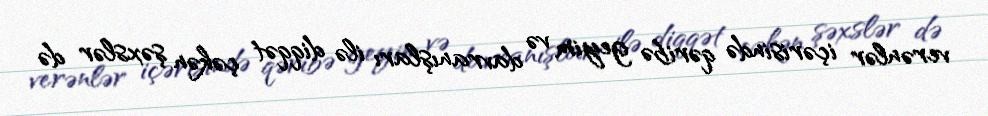
verənlər içərisində qəribə geyim və davranışları ilə diqqət çəkən şəxslər də